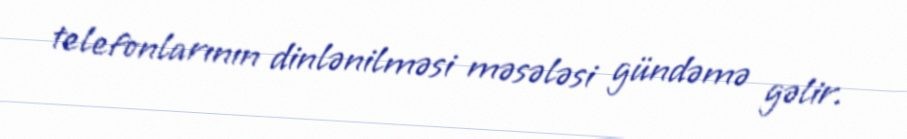
telefonlarının dinlənilməsi məsələsi gündəmə gəlir.